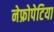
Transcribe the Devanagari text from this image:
नेफ्रोपेटिया